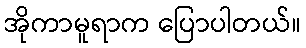
အိုကာမူရာက ပြောပါတယ်။